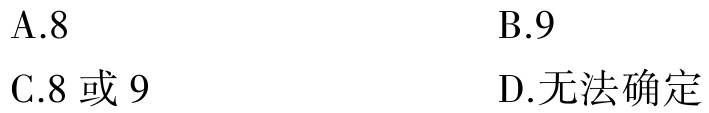
A.8

B.9

C.8 或 9

D.无法确定